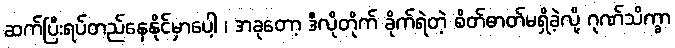
ဆက်ပြီးရပ်တည်နေနိုင်မှာပေါ့ ၊ အခုတော့ ဒီလိုတိုက် ခိုက်ရဲတဲ့ စိတ်ဓာတ်မရှိခဲ့လို့ ဂုဏ်သိက္ခာ